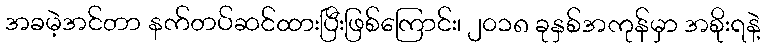
အခမဲ့အင်တာ နက်တပ်ဆင်ထားပြီးဖြစ်ကြောင်း၊ ၂၀၁၈ ခုနှစ်အကုန်မှာ အစိုးရနဲ့